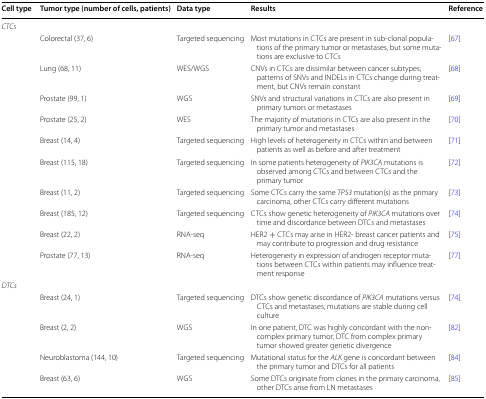
<table><thead><tr><td><b>Cell type</b></td><td><b>Tumor type (number of cells, patients)</b></td><td><b>Data type</b></td><td><b>Results</b></td><td><b>Reference</b></td></tr></thead><tbody><tr><td colspan="5"><i>CTCs</i></td></tr><tr><td rowspan="10"></td><td>Colorectal (37, 6)</td><td>Targeted sequencing</td><td>Most mutations in CTCs are present in sub-clonal populations of the primary tumor or metastases, but some mutations are exclusive to CTCs</td><td>[67]</td></tr><tr><td>Lung (68, 11)</td><td>WES/WGS</td><td>CNVs in CTCs are dissimilar between cancer subtypes; patterns of SNVs and INDELs in CTCs change during treatment, but CNVs remain constant</td><td>[68]</td></tr><tr><td>Prostate (99, 1)</td><td>WGS</td><td>SNVs and structural variations in CTCs are also present in primary tumors or metastases</td><td>[69]</td></tr><tr><td>Prostate (25, 2)</td><td>WES</td><td>The majority of mutations in CTCs are also present in the primary tumor and metastases</td><td>[70]</td></tr><tr><td>Breast (14, 4)</td><td>Targeted sequencing</td><td>High levels of heterogeneity in CTCs within and between patients as well as before and after treatment</td><td>[71]</td></tr><tr><td>Breast (115, 18)</td><td>Targeted sequencing</td><td>In some patients heterogeneity of <i>PIK3CA</i> mutations is observed among CTCs and between CTCs and the primary tumor</td><td>[72]</td></tr><tr><td>Breast (11, 2)</td><td>Targeted sequencing</td><td>Some CTCs carry the same <i>TP53</i> mutation(s) as the primary carcinoma, other CTCs carry different mutations</td><td>[73]</td></tr><tr><td>Breast (185, 12)</td><td>Targeted sequencing</td><td>CTCs show genetic heterogeneity of <i>PIK3CA</i> mutations over time and discordance between DTCs and metastases</td><td>[74]</td></tr><tr><td>Breast (22, 2)</td><td>RNA-seq</td><td>HER2 + CTCs may arise in HER2- breast cancer patients and may contribute to progression and drug resistance</td><td>[75]</td></tr><tr><td>Prostate (77, 13)</td><td>RNA-seq</td><td>Heterogeneity in expression of androgen receptor mutations between CTCs within patients may influence treatment response</td><td>[77]</td></tr><tr><td colspan="5"><i>DTCs</i></td></tr><tr><td rowspan="4"></td><td>Breast (24, 1)</td><td>Targeted sequencing</td><td>DTCs show genetic discordance of <i>PIK3CA</i> mutations versus CTCs and metastases; mutations are stable during cell culture</td><td>[74]</td></tr><tr><td>Breast (2, 2)</td><td>WGS</td><td>In one patient, DTC was highly concordant with the non-complex primary tumor; DTC from complex primary tumor showed greater genetic divergence</td><td>[82]</td></tr><tr><td>Neuroblastoma (144, 10)</td><td>Targeted sequencing</td><td>Mutational status for the <i>ALK</i> gene is concordant between the primary tumor and DTCs for all patients</td><td>[84]</td></tr><tr><td>Breast (63, 6)</td><td>WGS</td><td>Some DTCs originate from clones in the primary carcinoma, other DTCs arise from LN metastases</td><td>[85]</td></tr></tbody></table>